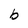
Character: b